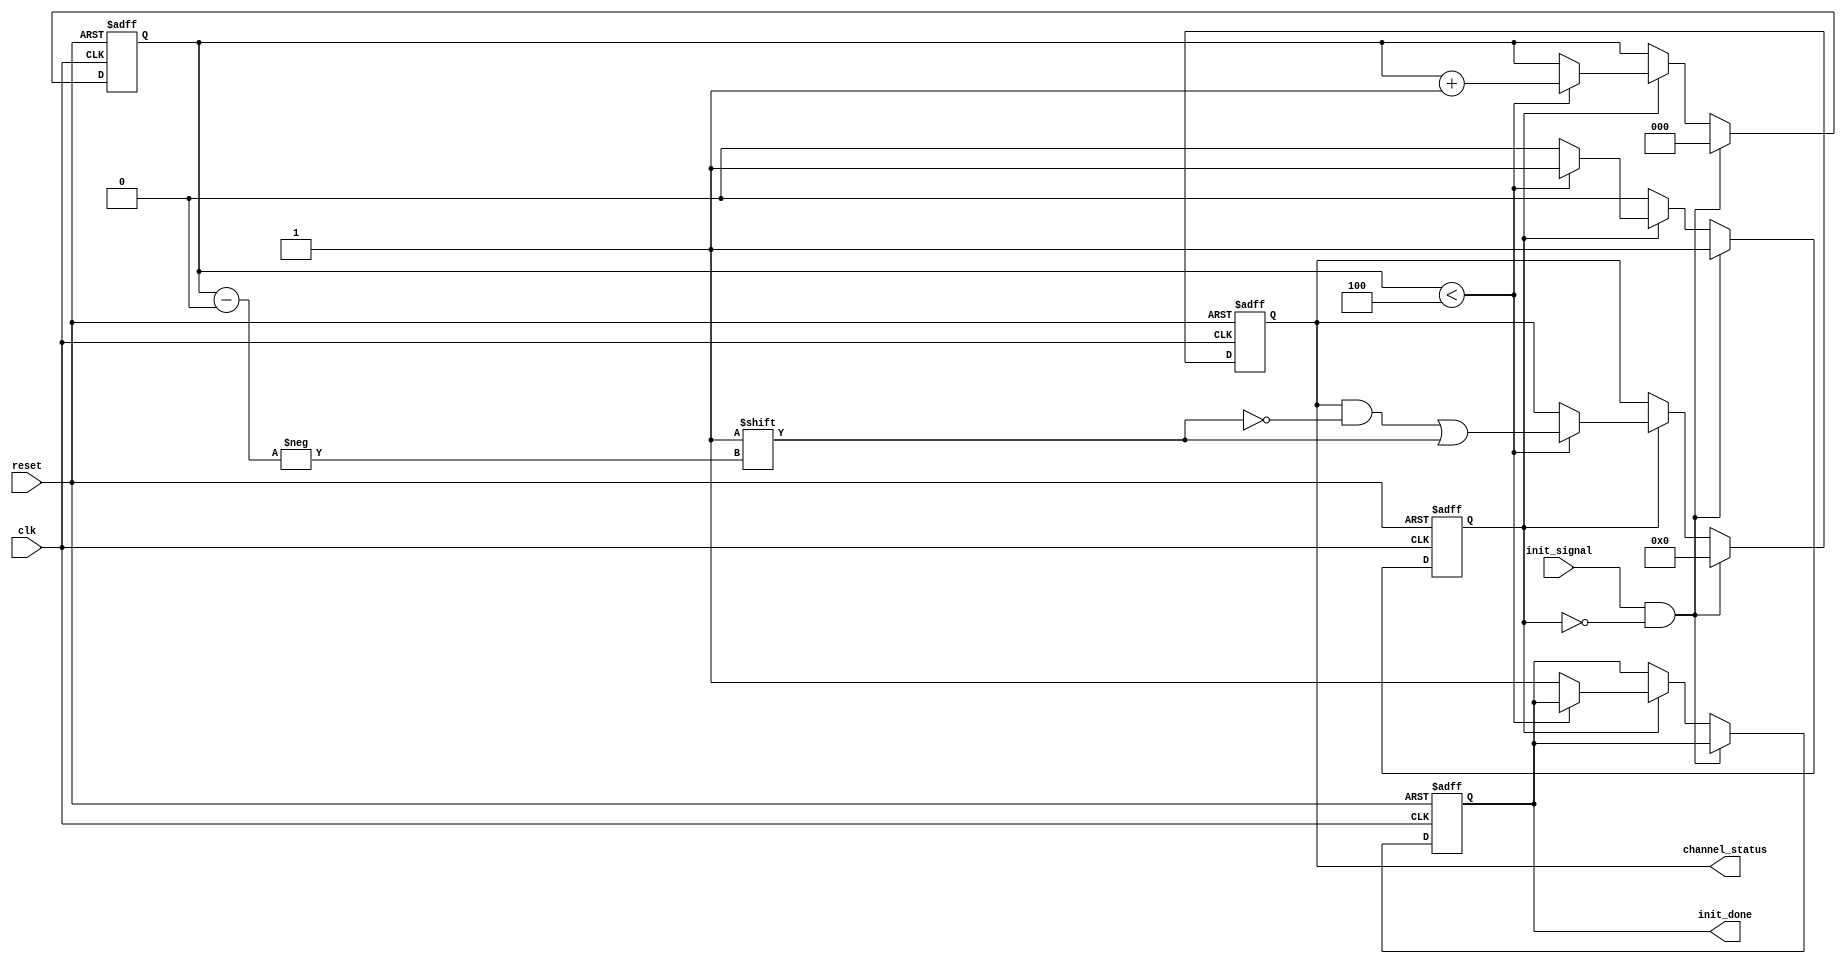
module MultiChannelInitialization #(
    parameter CHANNEL_COUNT = 4  // Parameter to specify the number of channels
)(
    input wire clk,                // Clock signal
    input wire reset,              // Active-high reset signal
    input wire init_signal,        // Initialization trigger signal
    output reg [CHANNEL_COUNT-1:0] channel_status, // Status of each channel's initialization
    output reg init_done           // Initialization complete flag
);

    reg [2:0] current_channel;     // Current channel index
    reg initializing;              // Flag to indicate initialization process

    // Initialization process
    always @(posedge clk or posedge reset) begin
        if (reset) begin
            // Reset all channels and initialization state
            channel_status <= 0;
            init_done <= 0;
            current_channel <= 0;
            initializing <= 0;
        end else if (init_signal && !initializing) begin
            // Start the initialization process
            initializing <= 1;
            current_channel <= 0;
            channel_status <= 0; // Clear previous statuses
        end else if (initializing) begin
            // Initialize current channel
            if (current_channel < CHANNEL_COUNT) begin
                // Simulate channel initialization
                // Here you can add specific initialization logic for each channel if required.
                channel_status[current_channel] <= 1; // Mark the current channel as initialized
                
                // Move to the next channel
                current_channel <= current_channel + 1;
            end else begin
                // All channels initialized
                init_done <= 1;
                initializing <= 0; // End the initialization process
            end
        end
    end

endmodule